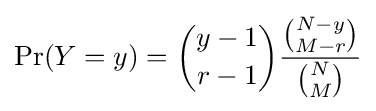
\Pr(Y=y)={\binom {y-1}{r-1}}{\frac {\binom {N-y}{M-r}}{\binom {N}{M}}}